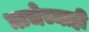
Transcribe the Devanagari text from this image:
ऋचेच्याही